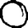
Digit: 0